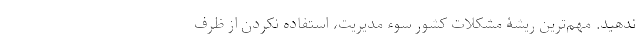
ندهید. مهم‌ترین ریشۀ مشکلات کشور سوء مدیریت، استفاده نکردن از ظرف